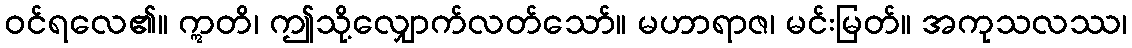
ဝင်ရလေ၏။ ဣတိ၊ ဤသို့လျှောက်လတ်သော်။ မဟာရာဇ၊ မင်းမြတ်။ အကုသလဿ၊